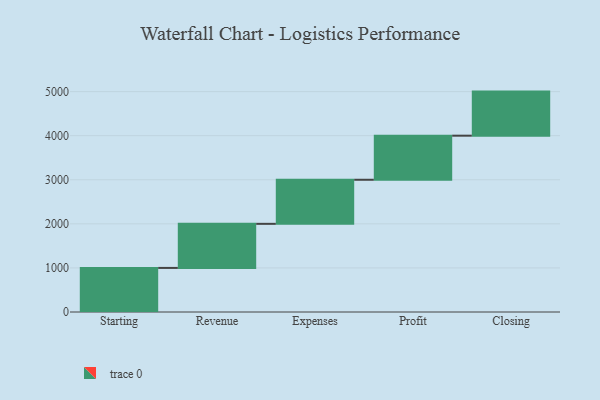
{"axis": {"x": "Step", "y": "Value"}, "legend": [""], "data": [{"x": "Starting", "y": 1000, "type": ""}, {"x": "Revenue", "y": 1000, "type": ""}, {"x": "Expenses", "y": 1000, "type": ""}, {"x": "Profit", "y": 1000, "type": ""}, {"x": "Closing", "y": 1000, "type": ""}]}